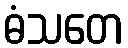
ဓံသတေ